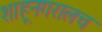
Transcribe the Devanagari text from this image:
शाहूनगरालच